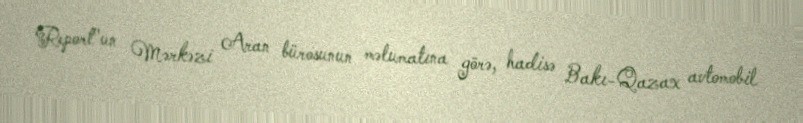
Report"un Mərkəzi Aran bürosunun məlumatına görə, hadisə Bakı-Qazax avtomobil